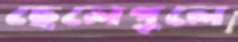
ছেলেপুলে